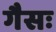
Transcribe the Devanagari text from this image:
गैसः